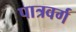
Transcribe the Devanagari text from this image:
पात्रवर्ग